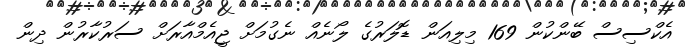
އެކްސިސް ބޭންކުން 169 މިލިއަން ޑޮލަރުގެ ލޯނެއް ނެގުމަށް ޖީއެމްއާރަށް ސަރުކާރުން ދިން